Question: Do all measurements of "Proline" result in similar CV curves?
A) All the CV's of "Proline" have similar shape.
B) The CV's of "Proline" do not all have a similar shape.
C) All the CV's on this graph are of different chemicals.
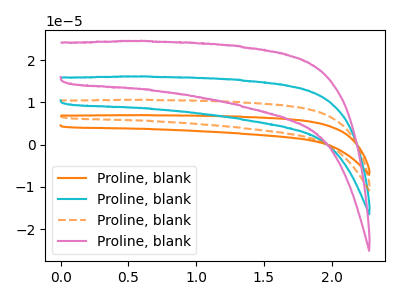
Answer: <think>The orange curve "Proline, blank1" has no peaks. The cyan curve "Proline, blank2" has no peaks. The orange dashed curve "Proline, blank3" has no peaks. The pink curve "Proline, blank4" has no peaks.
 Neither "Proline, blank1" or "Proline, blank2" have any peaks. Neither "Proline, blank1" or "Proline, blank3" have any peaks. Neither "Proline, blank1" or "Proline, blank4" have any peaks. Neither "Proline, blank2" or "Proline, blank3" have any peaks. Neither "Proline, blank2" or "Proline, blank4" have any peaks. Neither "Proline, blank3" or "Proline, blank4" have any peaks.</think>
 <answer>A) All the CV's of "Proline" have similar shape.</answer>
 <eval>A</eval>